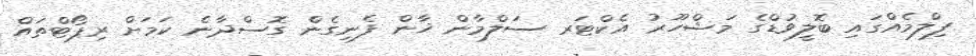
ފިލްމެއްގައި ބޮލީވުޑްގެ މަޝްހޫރު އެކްޓަރ ސަލްމާން ޚާން ފެނިގެން ގޮސްދާނެ ކަމަށް ރިޕޯޓްތައް